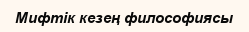
Мифтік кезең философиясы